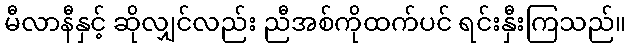
မီလာနီနှင့် ဆိုလျှင်လည်း ညီအစ်ကိုထက်ပင် ရင်းနှီးကြသည်။